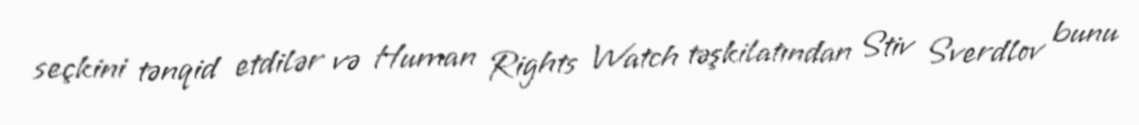
seçkini tənqid etdilər və Human Rights Watch təşkilatından Stiv Sverdlov bunu